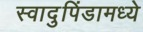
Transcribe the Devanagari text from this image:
स्वादुपिंडामध्ये